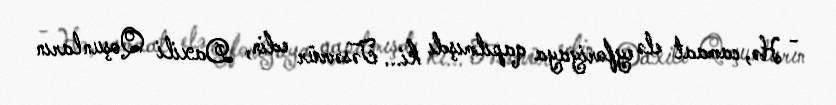
- Hə, camaat elə eyforiyaya qapılmışdı ki... Təsəvvür edin, Daxili Qoşunların